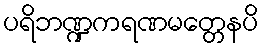
ပရိဘဏ္ဍကရဏမတ္တေနပိ